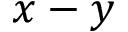
x - y